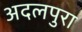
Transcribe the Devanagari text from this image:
अदलपुरा